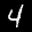
Label: 4